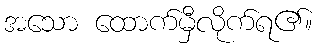
အသော ထောက်မှီလိုက်ရ၏။